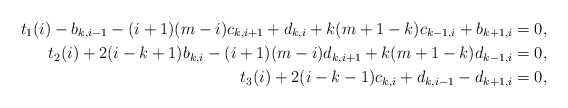
\begin{align*}t_1(i)-b_{k,i-1}-(i+1)(m-i)c_{k,i+1}+d_{k,i}+k(m+1-k)c_{k-1,i}+b_{k+1,i} & =0, \\t_2(i)+2(i-k+1)b_{k,i}-(i+1)(m-i)d_{k,i+1}+k(m+1-k)d_{k-1,i} &=0, \\t_3(i)+2(i-k-1)c_{k,i}+d_{k,i-1}-d_{k+1,i} & =0, \end{align*}